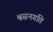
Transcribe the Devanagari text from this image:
श्वसनगति